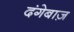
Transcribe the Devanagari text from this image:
दंगेबाज़